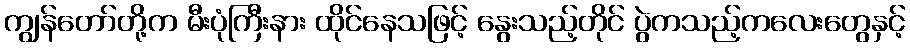
ကျွန်တော်တို့က မီးပုံကြီးနား ထိုင်နေသဖြင့် နွေးသည့်တိုင် ပွဲကသည့်ကလေးတွေနှင့်